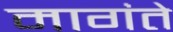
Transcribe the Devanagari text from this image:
मागंते